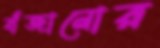
বাঁজানোর